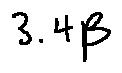
3 . 4 \beta